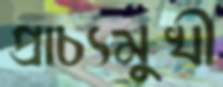
প্রাচ্যমুখী